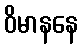
ဝိမာနနေ